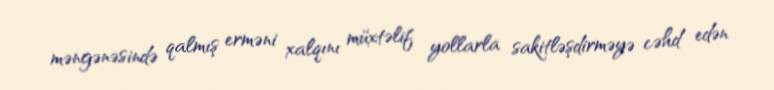
məngənəsində qalmış erməni xalqını müxtəlif yollarla sakitləşdirməyə cəhd edən